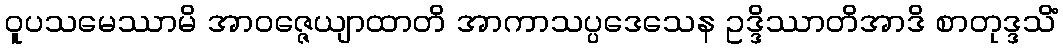
ဝူပသမေဿာမိ အာဝဇ္ဇေယျာထာတိ အာကာသပ္ပဒေသေန ဥဒ္ဒိဿာတိအာဒိ စာတုဒ္ဒသိံ